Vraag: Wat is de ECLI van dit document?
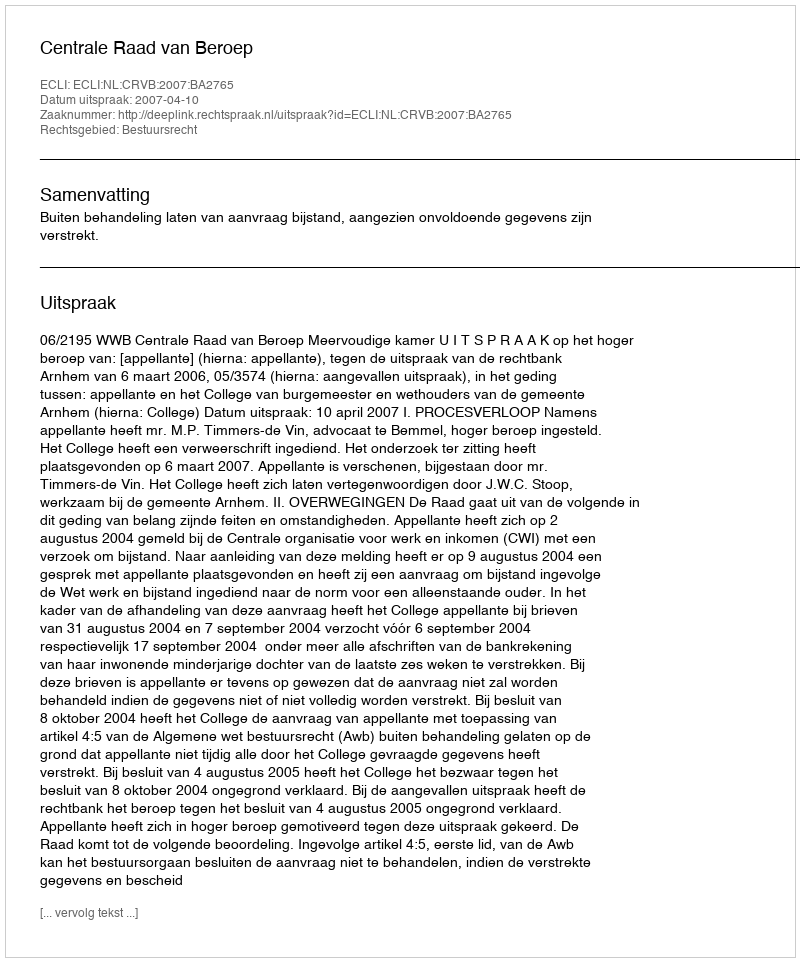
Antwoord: ECLI:NL:CRVB:2007:BA2765